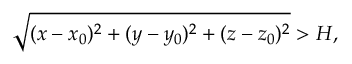
\sqrt { ( x - x _ { 0 } ) ^ { 2 } + ( y - y _ { 0 } ) ^ { 2 } + ( z - z _ { 0 } ) ^ { 2 } } > H ,